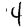
Digit: 4